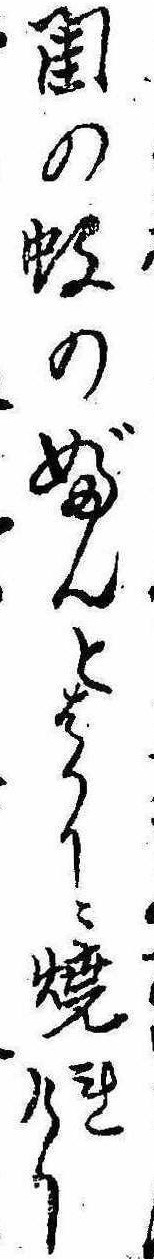
閨の蚊のぶんとはかりに焼れけり